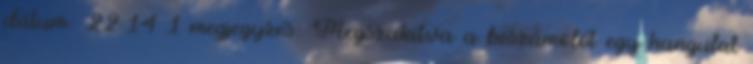
dátum: 22:14 1 megjegyzés: Megszakítva a beszámolót egy hangulat